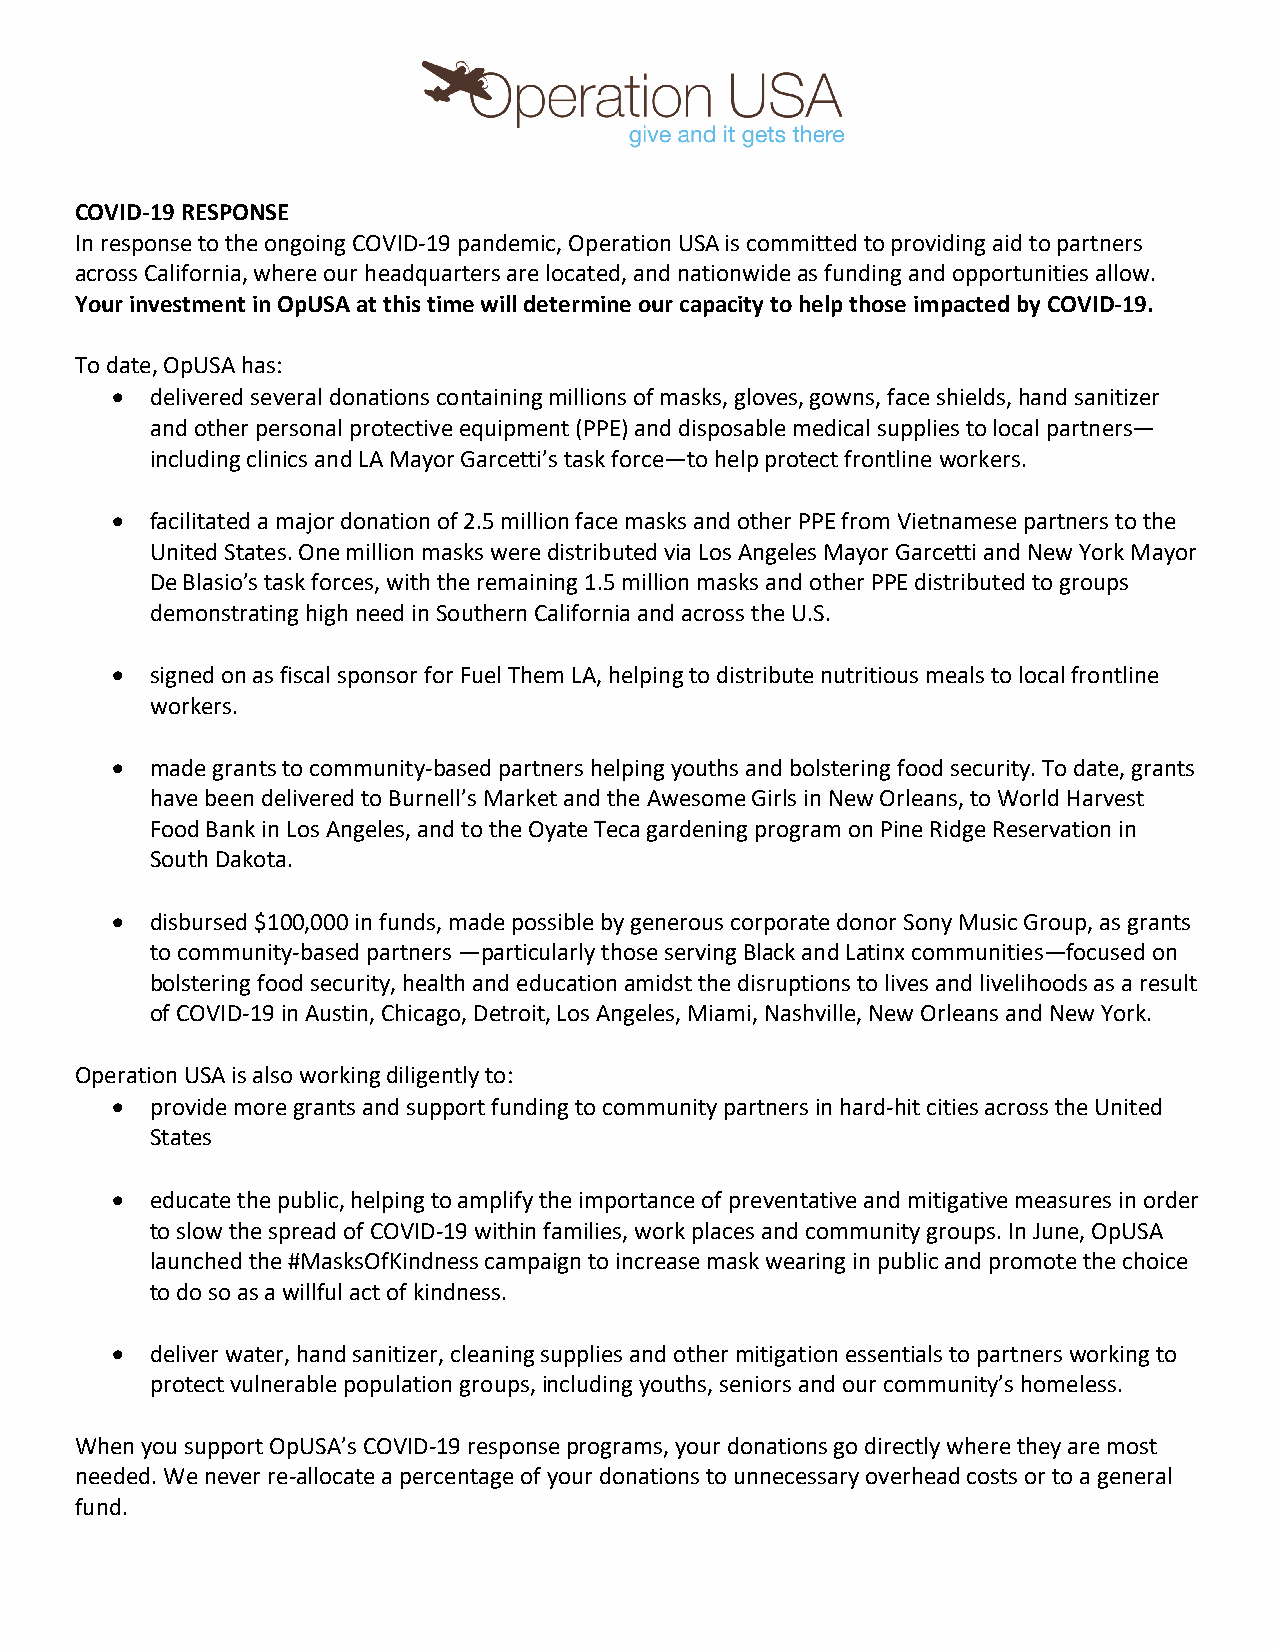
COVID-19 RESPONSE
 In response to the ongoing COVID-19 pandemic, Operation USA is committed to providing aid to partners
 across California, where our headquarters are located, and nationwide as funding and opportunities allow.
 Your investment in OpUSA at this time will determine our capacity to help those impacted by COVID-19.
 To date, OpUSA has:
 •  delivered several donations containing millions of masks, gloves, gowns, face shields, hand sanitizer
 and other personal protective equipment (PPE) and disposable medical supplies to local partners—
 including clinics and LA Mayor Garcetti’s task force—to help protect frontline workers.
 •  facilitated a major donation of 2.5 million face masks and other PPE from Vietnamese partners to the
 United States. One million masks were distributed via Los Angeles Mayor Garcetti and New York Mayor
 De Blasio’s task forces, with the remaining 1.5 million masks and other PPE distributed to groups
 demonstrating high need in Southern California and across the U.S.
 •  signed on as fiscal sponsor for Fuel Them LA, helping to distribute nutritious meals to local frontline
 workers.
 •  made grants to community-based partners helping youths and bolstering food security. To date, grants
 have been delivered to Burnell’s Market and the Awesome Girls in New Orleans, to World Harvest
 Food Bank in Los Angeles, and to the Oyate Teca gardening program on Pine Ridge Reservation in
 South Dakota.
 •  disbursed $100,000 in funds, made possible by generous corporate donor Sony Music Group, as grants
 to community-based partners —particularly those serving Black and Latinx communities—focused on
 bolstering food security, health and education amidst the disruptions to lives and livelihoods as a result
 of COVID-19 in Austin, Chicago, Detroit, Los Angeles, Miami, Nashville, New Orleans and New York.
 Operation USA is also working diligently to:
 •  provide more grants and support funding to community partners in hard-hit cities across the United
 States
 •  educate the public, helping to amplify the importance of preventative and mitigative measures in order
 to slow the spread of COVID-19 within families, work places and community groups. In June, OpUSA
 launched the #MasksOfKindness campaign to increase mask wearing in public and promote the choice
 to do so as a willful act of kindness.
 •  deliver water, hand sanitizer, cleaning supplies and other mitigation essentials to partners working to
 protect vulnerable population groups, including youths, seniors and our community’s homeless.
 When you support OpUSA’s COVID-19 response programs, your donations go directly where they are most
 needed. We never re-allocate a percentage of your donations to unnecessary overhead costs or to a general
 fund.